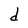
Character: d